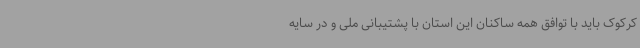
کرکوک باید با توافق همه ساکنان این استان با پشتیبانی ملی و در سایه